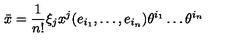
\bar { x } = \frac { 1 } { n ! } \xi _ { j } x ^ { j } ( e _ { i _ { 1 } } , \dots , e _ { i _ { n } } ) \theta ^ { i _ { 1 } } \dots \theta ^ { i _ { n } }